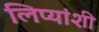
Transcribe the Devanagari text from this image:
लिप्यांशी